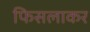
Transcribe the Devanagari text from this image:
फिसलाकर